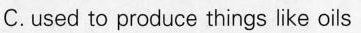
C.Used to produce things like oiis